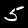
Label: 5